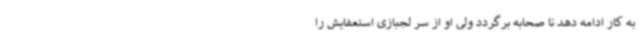
به کار ادامه دهد تا صحابه برگردد ولی او از سر لجبازی استعفایش را